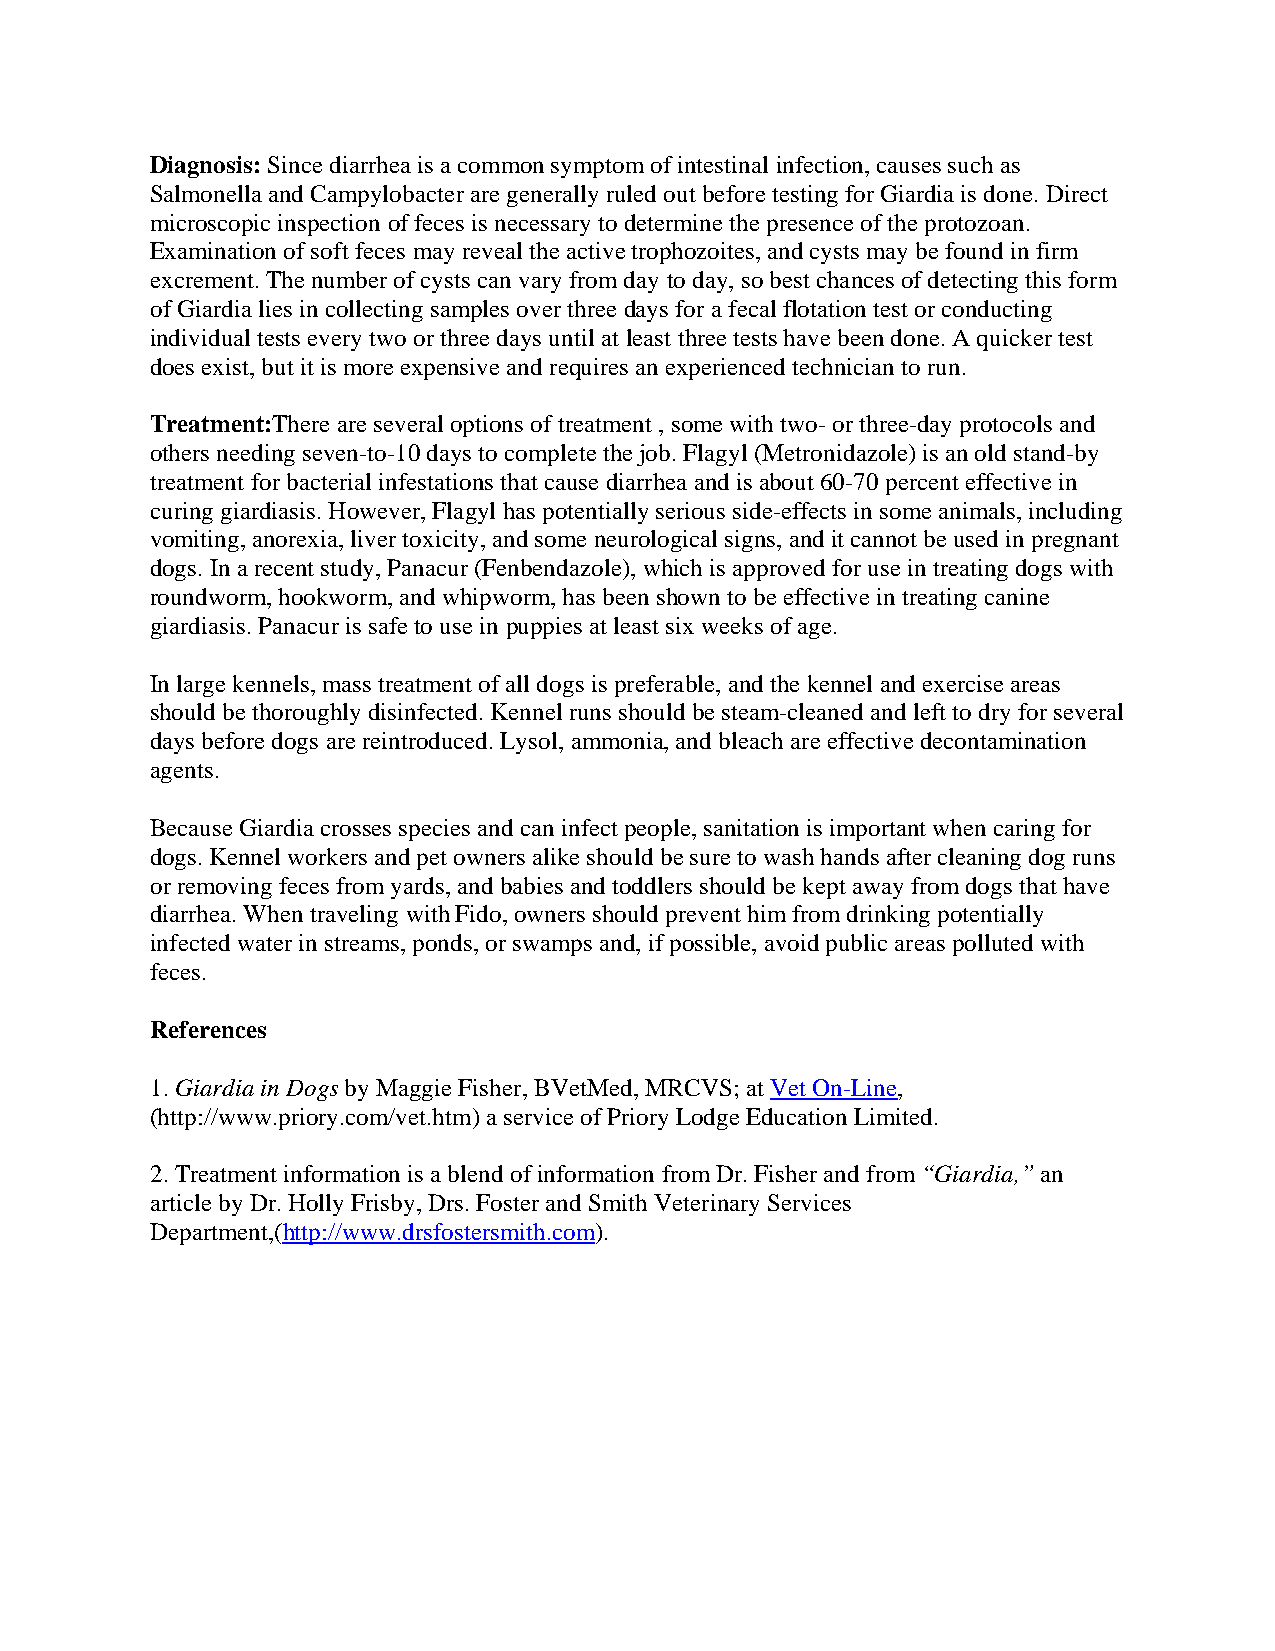
Diagnosis: Since diarrhea is a common symptom of intestinal infection, causes such as
 Salmonella and Campylobacter are generally ruled out before testing for Giardia is done. Direct
 microscopic inspection of feces is necessary to determine the presence of the protozoan.
 Examination of soft feces may reveal the active trophozoites, and cysts may be found in firm
 excrement. The number of cysts can vary from day to day, so best chances of detecting this form
 of Giardia lies in collecting samples over three days for a fecal flotation test or conducting
 individual tests every two or three days until at least three tests have been done. A quicker test
 does exist, but it is more expensive and requires an experienced technician to run.
 Treatment:There are several options of treatment , some with two- or three-day protocols and
 others needing seven-to-10 days to complete the job. Flagyl (Metronidazole) is an old stand-by
 treatment for bacterial infestations that cause diarrhea and is about 60-70 percent effective in
 curing giardiasis. However, Flagyl has potentially serious side-effects in some animals, including
 vomiting, anorexia, liver toxicity, and some neurological signs, and it cannot be used in pregnant
 dogs. In a recent study, Panacur (Fenbendazole), which is approved for use in treating dogs with
 roundworm, hookworm, and whipworm, has been shown to be effective in treating canine
 giardiasis. Panacur is safe to use in puppies at least six weeks of age.
 In large kennels, mass treatment of all dogs is preferable, and the kennel and exercise areas
 should be thoroughly disinfected. Kennel runs should be steam-cleaned and left to dry for several
 days before dogs are reintroduced. Lysol, ammonia, and bleach are effective decontamination
 agents.
 Because Giardia crosses species and can infect people, sanitation is important when caring for
 dogs. Kennel workers and pet owners alike should be sure to wash hands after cleaning dog runs
 or removing feces from yards, and babies and toddlers should be kept away from dogs that have
 diarrhea. When traveling with Fido, owners should prevent him from drinking potentially
 infected water in streams, ponds, or swamps and, if possible, avoid public areas polluted with
 feces.
 References
 1. Giardia in Dogs by Maggie Fisher, BVetMed, MRCVS; at Vet On-Line,
 (http://www.priory.com/vet.htm) a service of Priory Lodge Education Limited.
 2. Treatment information is a blend of information from Dr. Fisher and from “Giardia,” an
 article by Dr. Holly Frisby, Drs. Foster and Smith Veterinary Services
 Department,(http://www.drsfostersmith.com).